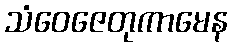
သံဝေဇေတုကာမေန